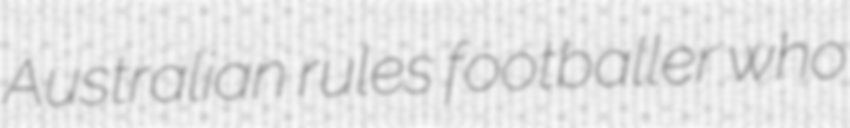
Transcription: Australian rules footballer who